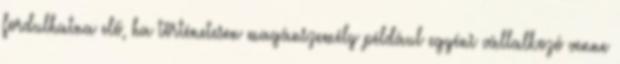
fordulhatna elő, ha történetesen magánszemély például egyéni vállalkozó venne